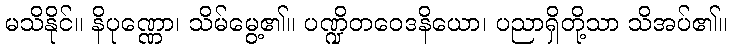
မသိနိုင်။ နိပုဏ္ဏော၊ သိမ်မွေ့၏။ ပဏ္ဍိတဝေဒနိယော၊ ပညာရှိတို့သာ သိအပ်၏။